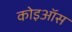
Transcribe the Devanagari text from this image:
कोइऑस